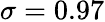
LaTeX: \sigma=0.97